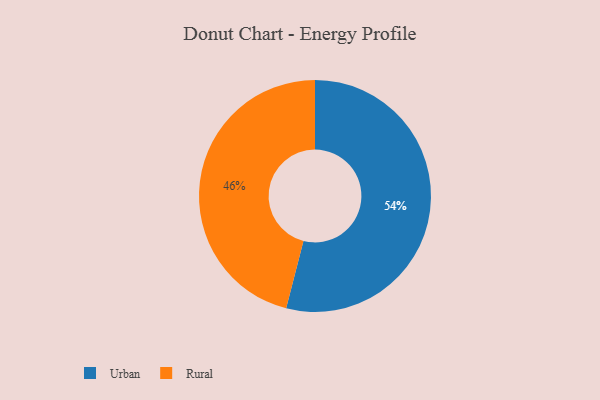
{"axis": {"x": "Category", "y": "Percentage"}, "legend": ["Rural", "Urban"], "data": [{"x": "Urban", "y": 54, "type": "Urban"}, {"x": "Rural", "y": 46, "type": "Rural"}]}